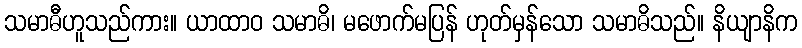
သမာဓီဟူသည်ကား။ ယာထာဝ သမာဓိ၊ မဖောက်မပြန် ဟုတ်မှန်သော သမာဓိသည်။ နိယျာနိက